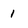
Character: 1